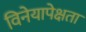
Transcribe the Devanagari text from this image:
विनेयापेक्षता